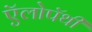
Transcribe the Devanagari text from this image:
ऍलोपॅथी